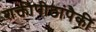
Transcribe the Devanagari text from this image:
शक्तीपीठांपैकी